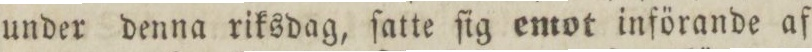
under denna riksdag, ſatte ſig emot införande af